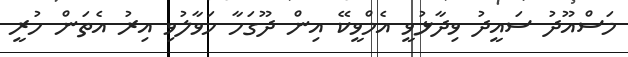
މަސްއޫދު ސައީދު ވިދާޅުވީ އެމްވީކޭ އިން ދޫގަހާ ހަވާލުވި އިރު އެތަން ހުރީ